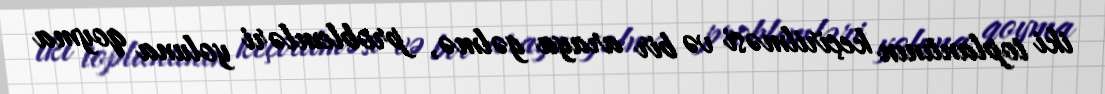
iki toplantının keçirilməsi və bir araya gəlmə, problemləri yoluna qoyma